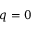
q = 0